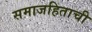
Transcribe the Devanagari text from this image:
समाजहिताची